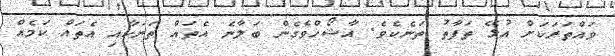
ވައްތަރަކަށް އުޅޭ ތަފާތު ތަނެކެވެ. އާޝޯޚްވެގެން ބަލާނެ އެތައް ތަނަކާއި އެތައް ކަމެއް